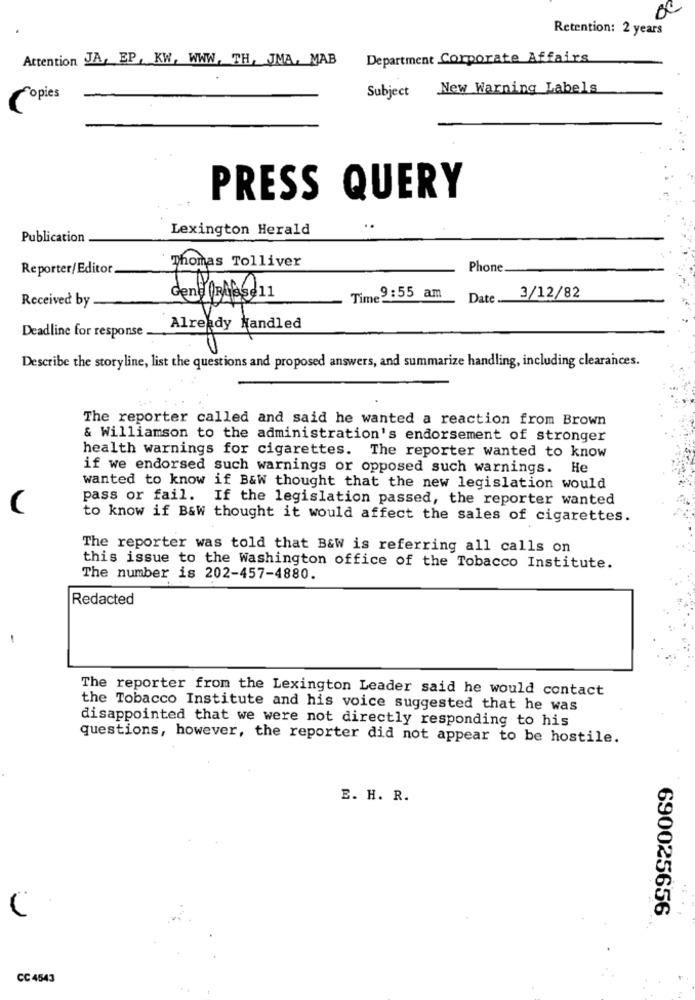
Retention: 2 years
Attention JA, EP, KW, WWW. TH, JMA, MAB
Department Corporate Affairs
New Warning Labels
Copies
Subject
PRESS QUERY
Lexington Herald
Publication
Thomas Tolliver
Reporter/Editor
Phone
Received by
Time9:55 am
Date.
3/12/82
Deadline for response
Already Handled
Describe the storyline, list the questions and proposed answers, and summarize handling, including clearances.
The reporter called and said he wanted a reaction from Brown
& Williamson to the administration's endorsement of stronger
health warnings for cigarettes. The reporter wanted to know
if we endorsed such warnings or opposed such warnings. He
wanted to know if B&W thought that the new legislation would
pass or fail. If the legislation passed, the reporter wanted
to know if B&W thought it would affect the sales of cigarettes.
The reporter was told that B&W is referring all calls on
this issue to the Washington office of the Tobacco Institute.
The number is 202-457-4880.
Redacted
-
The reporter from the Lexington Leader said he would contact
the Tobacco Institute and his voice suggested that he was
disappointed that we were not directly responding to his
questions, however, the reporter did not appear to be hostile.
E. H. R.
690025656
CC 4543